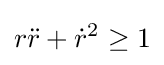
r{\ddot {r}}+{\dot {r}}^{2}\geq 1